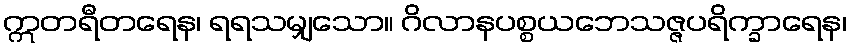
ဣတရီတရေန၊ ရရသမျှသော။ ဂိလာနပစ္စယဘေသဇ္ဇပရိက္ခာရေန၊